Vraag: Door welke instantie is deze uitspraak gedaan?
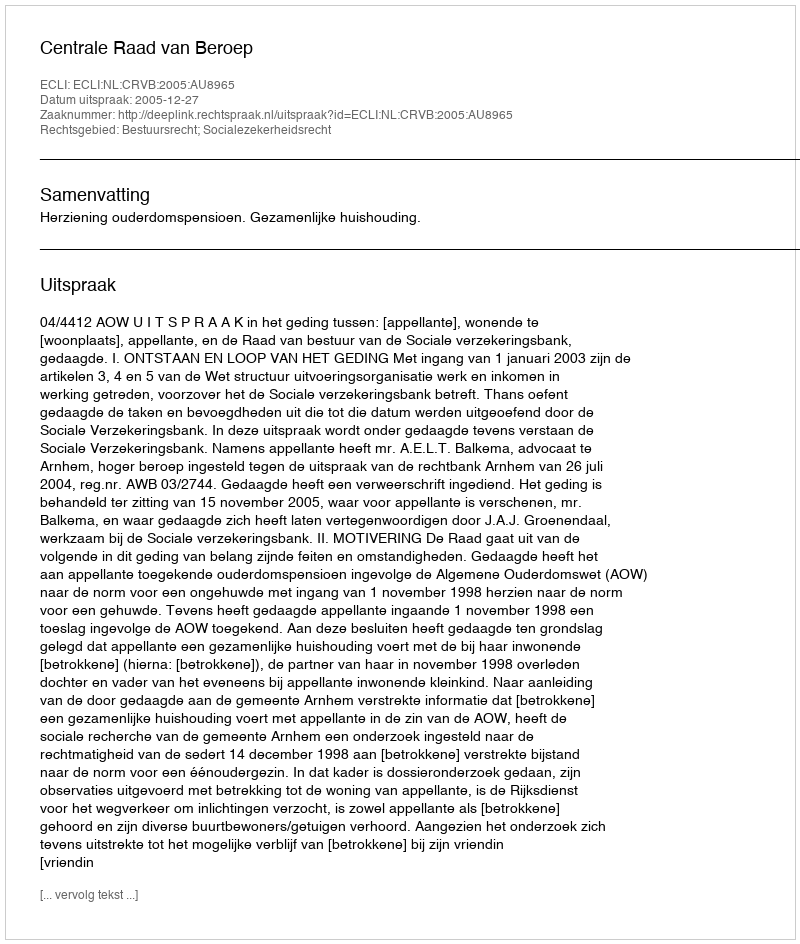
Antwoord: Centrale Raad van Beroep